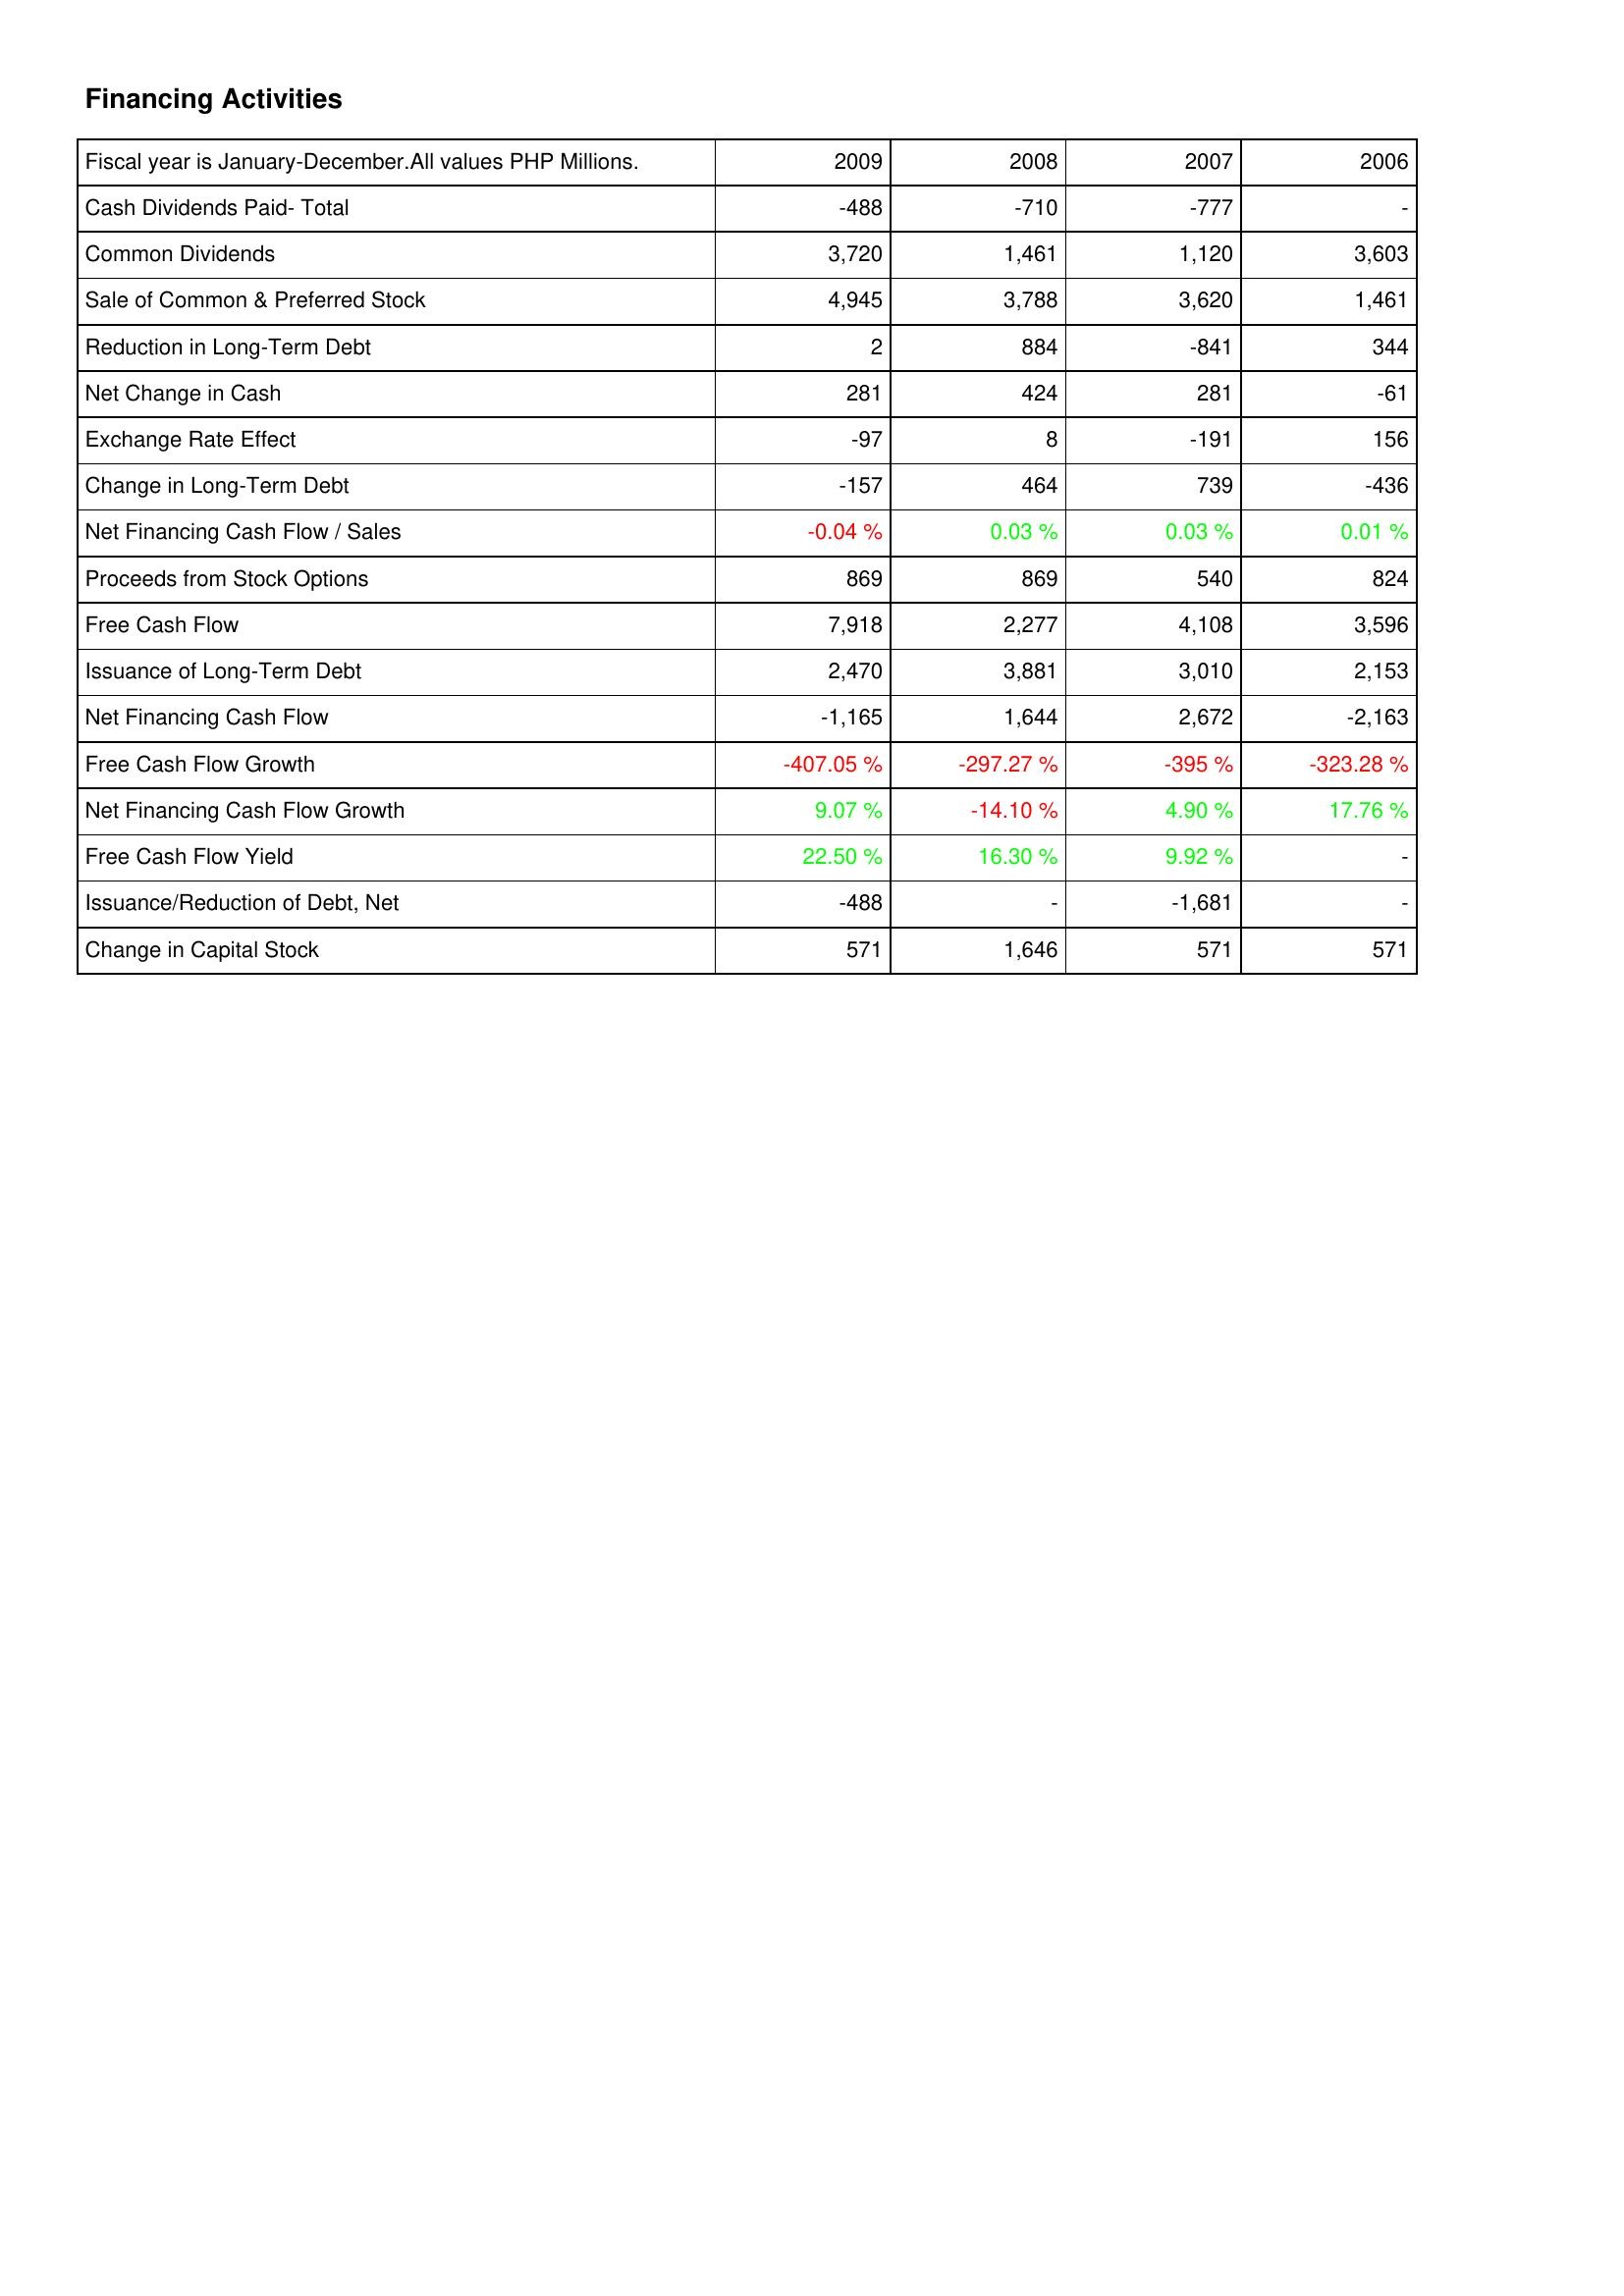
2009: Financing Activities: Cash Dividends Paid- Total: -488
Common Dividends: 3,720
Sale of Common & Preferred Stock: 4,945
Reduction in Long-Term Debt: 2
Net Change in Cash: 281
Exchange Rate Effect: -97
Change in Long-Term Debt: -157
Net Financing Cash Flow / Sales: -0.04 %
Proceeds from Stock Options: 869
Free Cash Flow: 7,918
Issuance of Long-Term Debt: 2,470
Net Financing Cash Flow: -1,165
Free Cash Flow Growth: -407.05 %
Net Financing Cash Flow Growth: 9.07 %
Free Cash Flow Yield: 22.50 %
Issuance/Reduction of Debt, Net: -488
Change in Capital Stock: 571
2008: Financing Activities: Cash Dividends Paid- Total: -710
Common Dividends: 1,461
Sale of Common & Preferred Stock: 3,788
Reduction in Long-Term Debt: 884
Net Change in Cash: 424
Exchange Rate Effect: 8
Change in Long-Term Debt: 464
Net Financing Cash Flow / Sales: 0.03 %
Proceeds from Stock Options: 869
Free Cash Flow: 2,277
Issuance of Long-Term Debt: 3,881
Net Financing Cash Flow: 1,644
Free Cash Flow Growth: -297.27 %
Net Financing Cash Flow Growth: -14.10 %
Free Cash Flow Yield: 16.30 %
Issuance/Reduction of Debt, Net: -
Change in Capital Stock: 1,646
2007: Financing Activities: Cash Dividends Paid- Total: -777
Common Dividends: 1,120
Sale of Common & Preferred Stock: 3,620
Reduction in Long-Term Debt: -841
Net Change in Cash: 281
Exchange Rate Effect: -191
Change in Long-Term Debt: 739
Net Financing Cash Flow / Sales: 0.03 %
Proceeds from Stock Options: 540
Free Cash Flow: 4,108
Issuance of Long-Term Debt: 3,010
Net Financing Cash Flow: 2,672
Free Cash Flow Growth: -395 %
Net Financing Cash Flow Growth: 4.90 %
Free Cash Flow Yield: 9.92 %
Issuance/Reduction of Debt, Net: -1,681
Change in Capital Stock: 571
2006: Financing Activities: Cash Dividends Paid- Total: -
Common Dividends: 3,603
Sale of Common & Preferred Stock: 1,461
Reduction in Long-Term Debt: 344
Net Change in Cash: -61
Exchange Rate Effect: 156
Change in Long-Term Debt: -436
Net Financing Cash Flow / Sales: 0.01 %
Proceeds from Stock Options: 824
Free Cash Flow: 3,596
Issuance of Long-Term Debt: 2,153
Net Financing Cash Flow: -2,163
Free Cash Flow Growth: -323.28 %
Net Financing Cash Flow Growth: 17.76 %
Free Cash Flow Yield: -
Issuance/Reduction of Debt, Net: -
Change in Capital Stock: 571